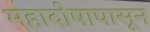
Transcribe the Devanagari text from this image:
महादोषापासून